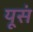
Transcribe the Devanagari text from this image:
यूसं